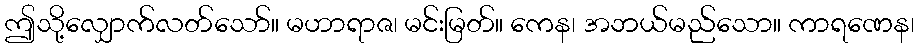
ဤသို့လျှောက်လတ်သော်။ မဟာရာဇ၊ မင်းမြတ်။ ကေန၊ အဘယ်မည်သော။ ကာရဏေန၊